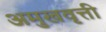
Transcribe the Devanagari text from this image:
अमुखवृत्ती